Newspaper: The Cincinnati daily star. [volume]
Place of publication: [Cincinnati, Ohio]
Publisher: [Star Pub. Co.]
Date: 1875-07-24 00:00:00
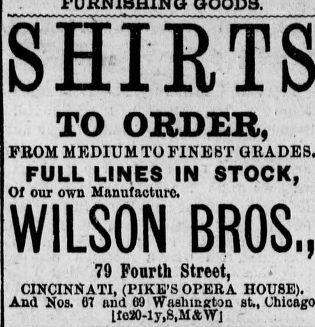
Advertisement text (OCR):
TO ORDER, FROM MEDIUM TO FINEST FULL LINES IN STOCK, Of our own Manufacture. wiLsoN BRoS, 19 Fourth Strict, CIROINSATI, (PIKE'S OPERA ROUSE). And No& 01 and 09 Washington st., ite90-1y,S,MAWI -
Label: text-only